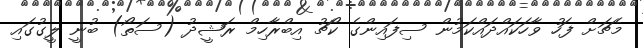
މެޗަށް ފަހު ވާހަކައްދައްކަމުން ސިފައިންގެ ކޯޗު އިބްރާހިމް ރަޝީދު (ސަތޯ) ބުނީ ލީގުގައި